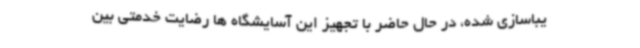
یباسازی شده، در حال حاضر با تجهیز این آسایشگاه ها رضایت خدمتی بین